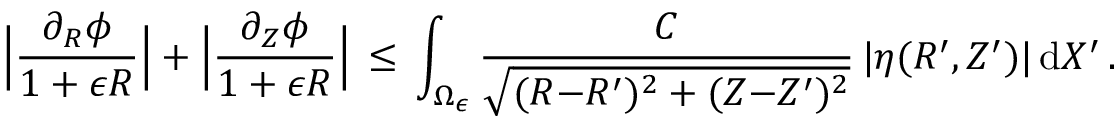
\Bigl | \frac { \partial _ { R } \phi } { 1 + \epsilon R } \Bigr | + \Bigl | \frac { \partial _ { Z } \phi } { 1 + \epsilon R } \Bigr | \, \le \, \int _ { \Omega _ { \epsilon } } \frac { C } { \sqrt { ( R { - } R ^ { \prime } ) ^ { 2 } + ( Z { - } Z ^ { \prime } ) ^ { 2 } } } \, | \eta ( R ^ { \prime } , Z ^ { \prime } ) | \, \mathrm { d } X ^ { \prime } \, .